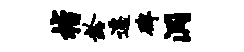
楷龄迁碑洞